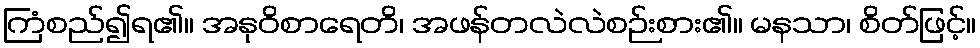
ကြံစည်၍ရ၏။ အနုဝိစာရေတိ၊ အဖန်တလဲလဲစဉ်းစား၏။ မနသာ၊ စိတ်ဖြင့်။